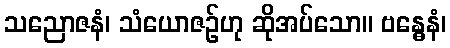
သညောဇနံ၊ သံယောဇဉ်ဟု ဆိုအပ်သော။ ဗန္ဓေနံ၊